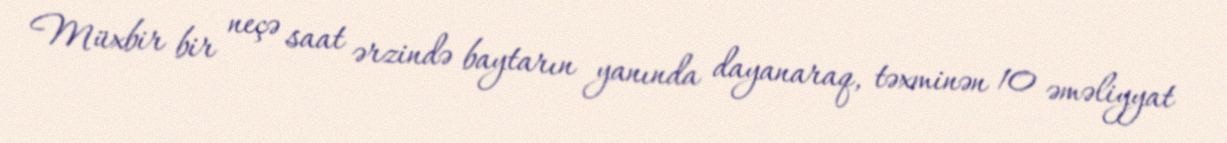
Müxbir bir neçə saat ərzində baytarın yanında dayanaraq, təxminən 10 əməliyyat